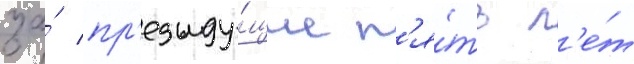
за́ пр'едыду́щие п'я́ть л'е́т